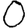
Digit: 0